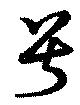
号